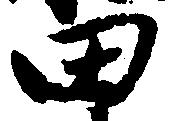
田